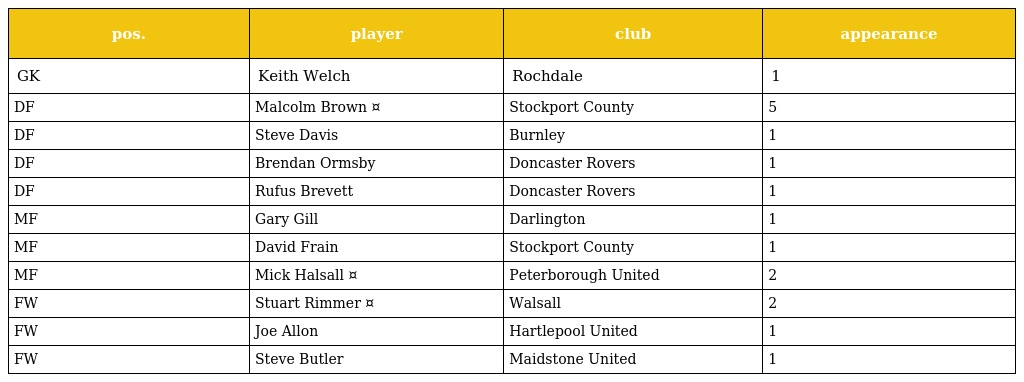
| pos. | player | club | appearance |
 | --- | --- | --- | --- |
 | GK | Keith Welch | Rochdale | 1 |
 | DF | Malcolm Brown ¤ | Stockport County | 5 |
 | DF | Steve Davis | Burnley | 1 |
 | DF | Brendan Ormsby | Doncaster Rovers | 1 |
 | DF | Rufus Brevett | Doncaster Rovers | 1 |
 | MF | Gary Gill | Darlington | 1 |
 | MF | David Frain | Stockport County | 1 |
 | MF | Mick Halsall ¤ | Peterborough United | 2 |
 | FW | Stuart Rimmer ¤ | Walsall | 2 |
 | FW | Joe Allon | Hartlepool United | 1 |
 | FW | Steve Butler | Maidstone United | 1 |